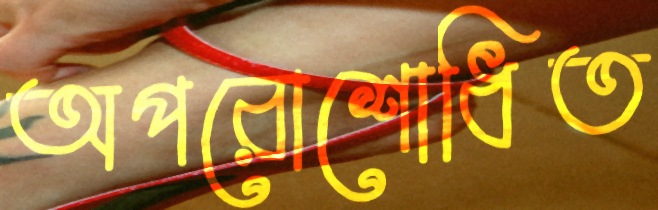
অপরোশোধিত